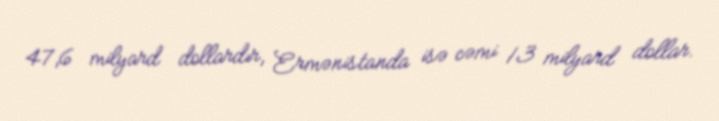
47,6 milyard dollardır, Ermənistanda isə cəmi 13 milyard dollar.